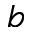
b